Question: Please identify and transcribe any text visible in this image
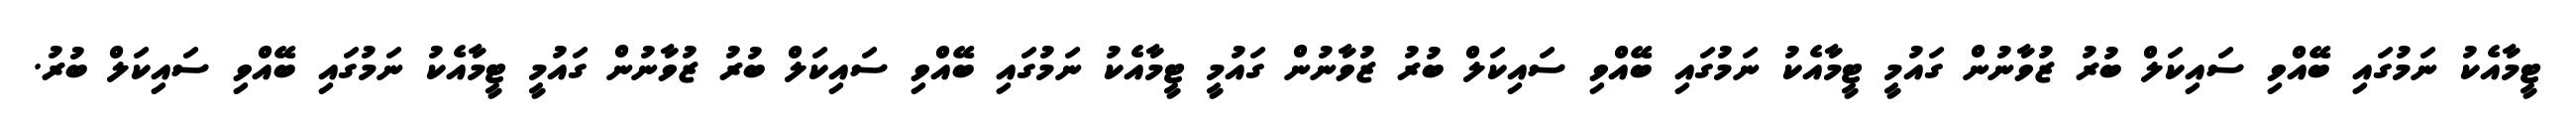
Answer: ޓީމާއެކު ނަމުގައި ބޭއްވި ސައިކަލް ބުރު ޒުވާނުން ގައުމީ ޓީމާއެކު ނަމުގައި ބޭއްވި ސައިކަލް ބުރު ޒުވާނުން ގައުމީ ޓީމާއެކު ނަމުގައި ބޭއްވި ސައިކަލް ބުރު ޒުވާނުން ގައުމީ ޓީމާއެކު ނަމުގައި ބޭއްވި ސައިކަލް ބުރު.